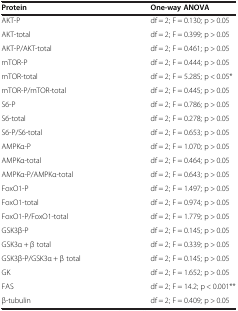
<table><thead><tr><td><b>Protein</b></td><td><b>One-way ANOVA</b></td></tr></thead><tbody><tr><td>AKT-P</td><td>df = 2; F = 0.130; p &gt; 0.05</td></tr><tr><td>AKT-total</td><td>df = 2; F = 0.399; p &gt; 0.05</td></tr><tr><td>AKT-P/AKT-total</td><td>df = 2; F = 0.461; p &gt; 0.05</td></tr><tr><td>mTOR-P</td><td>df = 2; F = 0.444; p &gt; 0.05</td></tr><tr><td>mTOR-total</td><td>df = 2; F = 5.285; p &lt; 0.05*</td></tr><tr><td>mTOR-P/mTOR-total</td><td>df = 2; F = 0.445; p &gt; 0.05</td></tr><tr><td>S6-P</td><td>df = 2; F = 0.786; p &gt; 0.05</td></tr><tr><td>S6-total</td><td>df = 2; F = 0.278; p &gt; 0.05</td></tr><tr><td>S6-P/S6-total</td><td>df = 2; F = 0.653; p &gt; 0.05</td></tr><tr><td>AMPKα-P</td><td>df = 2; F = 1.070; p &gt; 0.05</td></tr><tr><td>AMPKα-total</td><td>df = 2; F = 0.464; p &gt; 0.05</td></tr><tr><td>AMPKα-P/AMPKα-total</td><td>df = 2; F = 0.643; p &gt; 0.05</td></tr><tr><td>FoxO1-P</td><td>df = 2; F = 1.497; p &gt; 0.05</td></tr><tr><td>FoxO1-total</td><td>df = 2; F = 0.974; p &gt; 0.05</td></tr><tr><td>FoxO1-P/FoxO1-total</td><td>df = 2; F = 1.779; p &gt; 0.05</td></tr><tr><td>GSK3β-P</td><td>df = 2; F = 0.145; p &gt; 0.05</td></tr><tr><td>GSK3α + β total</td><td>df = 2; F = 0.339; p &gt; 0.05</td></tr><tr><td>GSK3β-P/GSK3α + β total</td><td>df = 2; F = 0.145; p &gt; 0.05</td></tr><tr><td>GK</td><td>df = 2; F = 1.652; p &gt; 0.05</td></tr><tr><td>FAS</td><td>df = 2; F = 14.2; p &lt; 0.001**</td></tr><tr><td>β-tubulin</td><td>df = 2; F = 0.409; p &gt; 0.05</td></tr></tbody></table>